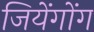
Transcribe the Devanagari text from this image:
जियेंगोंग